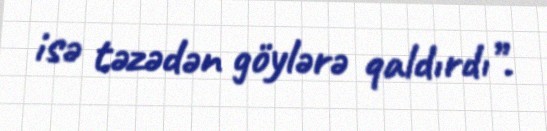
isə təzədən göylərə qaldırdı”.